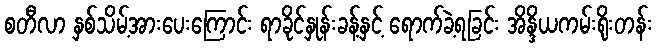
စတီလာ နှစ်သိမ့်အားပေးကြောင်း ရာခိုင်နှုန်းခန့်နှင့် ရောက်ခဲ့ရခြင်း အိန္ဒိယကမ်းရိုးတန်း